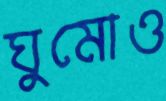
ঘুমোও